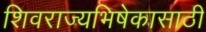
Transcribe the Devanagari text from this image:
शिवराज्यभिषेकासाठी